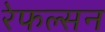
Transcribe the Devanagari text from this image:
रेफल्सन